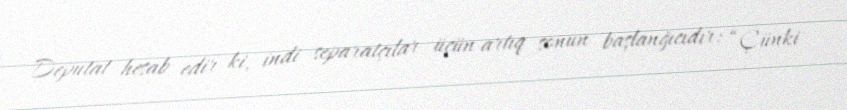
Deputat hesab edir ki, indi separatçılar üçün artıq sonun başlanğıcıdır: “Çünki